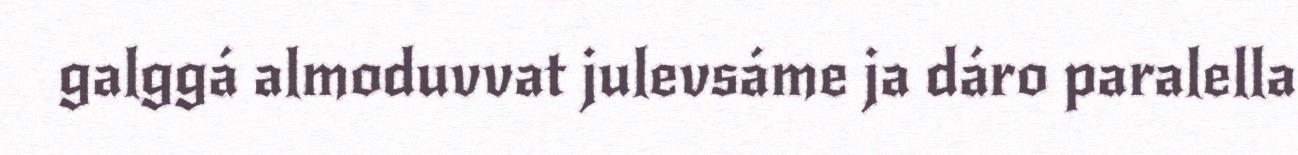
galggá almoduvvat julevsáme ja dáro paralella